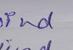
Signature authenticity: genuine